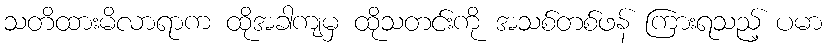
သတိထားမိလာရာက ထိုအခါကျမှ ထိုသတင်းကို အသစ်တစ်ဖန် ကြားရသည့် ပမာ